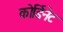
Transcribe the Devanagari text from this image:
कोर्डिनेट